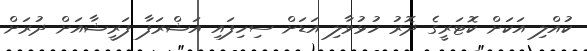
ކުއްލި އަކަށް ކޮޓަރީގެ ދޮރު ހުޅުވާލި އަޑަށް ސިހިފައި އަޝްރަފާ ފަރީޝާއަށް ދުރަށް